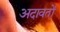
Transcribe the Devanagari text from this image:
अदावतों